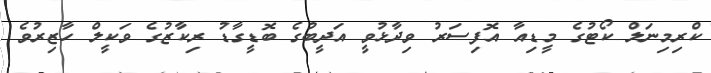
ކްރިމިނަލް ކޯޓުގެ މީޑިއާ އޮފިސަރު ވިދާޅުވީ އަދީބުގެ ބޮޑީގާޑު ރިކާޒުގެ ވަކީލް ހާޒިރުވެ